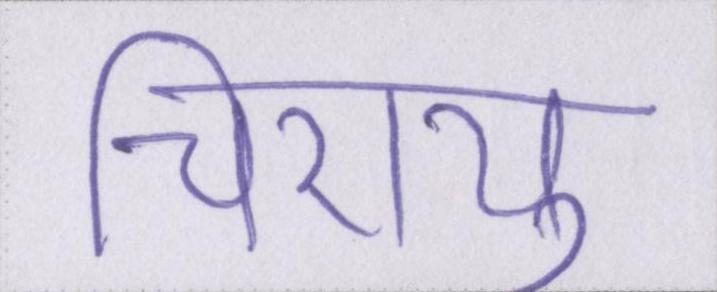
चिरायु